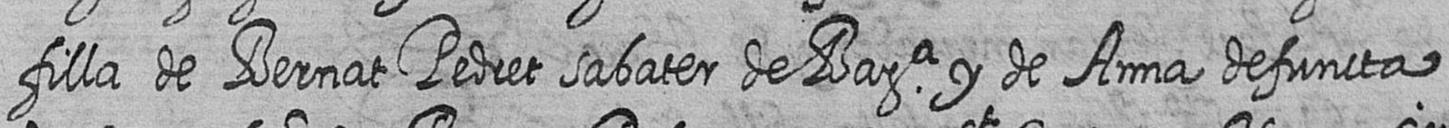
filla de Bernat Pedret sabater de Bara y de Anna defuncta